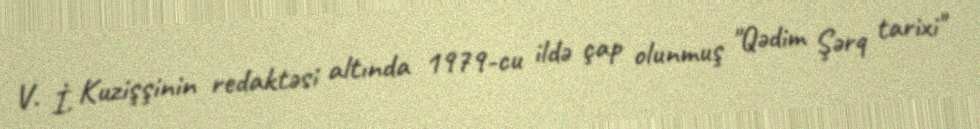
V. İ. Kuzişşinin redaktəsi altında 1979-cu ildə çap olunmuş "Qədim Şərq tarixi"